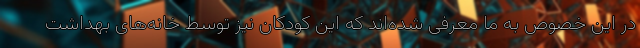
در این خصوص به ما معرفی شده‌اند که این کودکان نیز توسط خانه‌های بهداشت